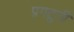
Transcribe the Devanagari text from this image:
प्रगटुनी